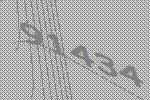
91434